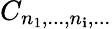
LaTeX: C_{n_{1},...,n_{\mathbf{i}},...}